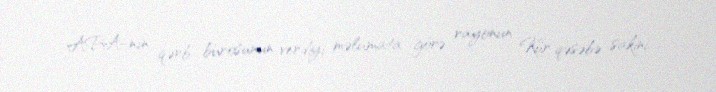
APA-nın qərb bürosunun verdiyi məlumata görə, rayonun Kür qəsəbə sakini,